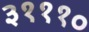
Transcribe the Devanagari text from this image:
३१११०